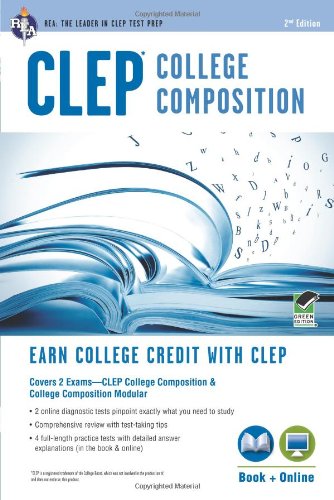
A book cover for CLEPÂ® College Composition Book + Online (CLEP Test Preparation); Rachelle Smith; Test Preparation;